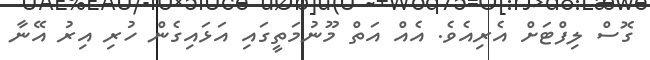
ގޮސް ލިފްޓަށް އެރިއެވެ. އެއް އަތް މޫނުމަތީގައި އަޅައިގެން ހުރި އިރު އޭނާ